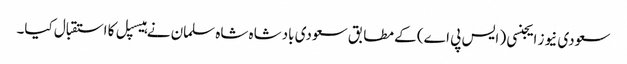
سعودی نیوز ایجنسی ( ایس پی اے) کے مطابق سعودی بادشاہ شاہ سلمان نے ہیسپل کا استقبال کیا۔